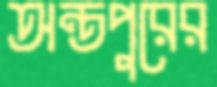
অন্তপুরের